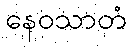
နေဝသာတံ